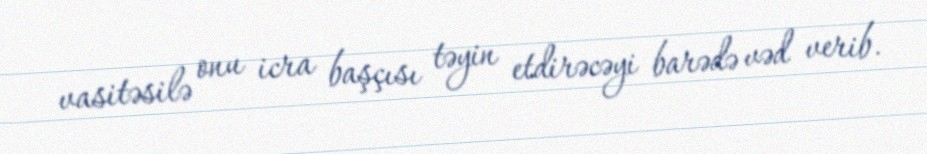
vasitəsilə onu icra başçısı təyin etdirəcəyi barədə vəd verib.